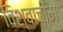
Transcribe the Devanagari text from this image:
विश्वाचीम्